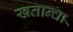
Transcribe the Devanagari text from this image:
खतान्चा